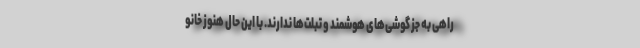
راهی به جز گوشی‌های هوشمند و تبلت‌ها ندارند. با این حال هنوز خانو